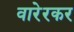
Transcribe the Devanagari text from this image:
वारेरकर